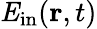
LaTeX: {\mathit E}_{\mathrm{in}}({\mathbf r},t)